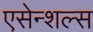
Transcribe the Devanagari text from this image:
एसेन्शल्स